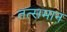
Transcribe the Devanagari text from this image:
तत्समान